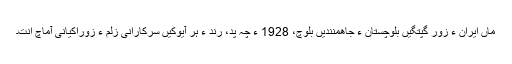
ماں ایران ءِ زور گِپتگیں بلوچستان ءِ جاھمنندیں بلوچ، 1928 ءَ چہ پَد، رَند ءِ ہَر آیوکیں سرکارانی زُلم ءُ زوراکیانی آماچ اَنت۔